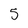
Character: 5